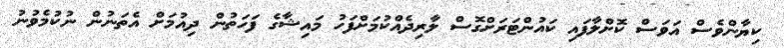
ކިޔާންވެސް އަވަސް ކޮށްލާފައި ކައުންޓަރަށްގޮސް ލާރިދެއްކުމަށްފަހު މައިޝާގެ ފަހަތުން ދިއުމަށް އެތަނުން ނުކުމެވުނު